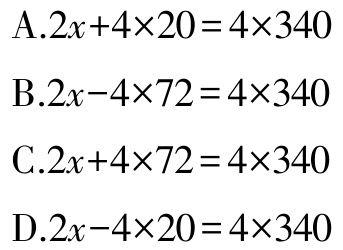
A.$2x + 4\times20 = 4\times340$
B.$2x - 4\times72 = 4\times340$
C.$2x + 4\times72 = 4\times340$
D.$2x - 4\times20 = 4\times340$